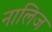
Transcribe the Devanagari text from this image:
नालिज